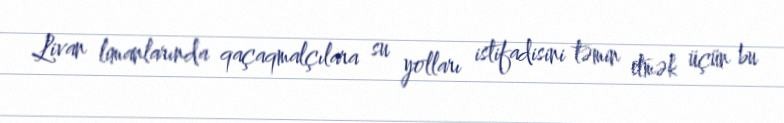
Livan limanlarında qaçaqmalçılara su yolları istifadisini təmin etmək üçün bu